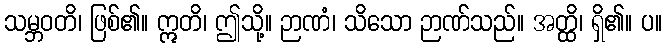
သမ္ဘဝတိ၊ ဖြစ်၏။ ဣတိ၊ ဤသို့။ ဉာဏံ၊ သိသော ဉာဏ်သည်။ အတ္ထိ၊ ရှိ၏။ ပ။